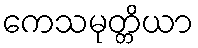
ကေသမုတ္တိယာ